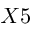
X 5